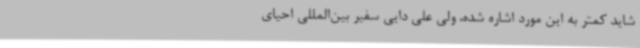
شاید کمتر به این مورد اشاره شده، ولی علی دایی سفیر بین‌المللی احیای